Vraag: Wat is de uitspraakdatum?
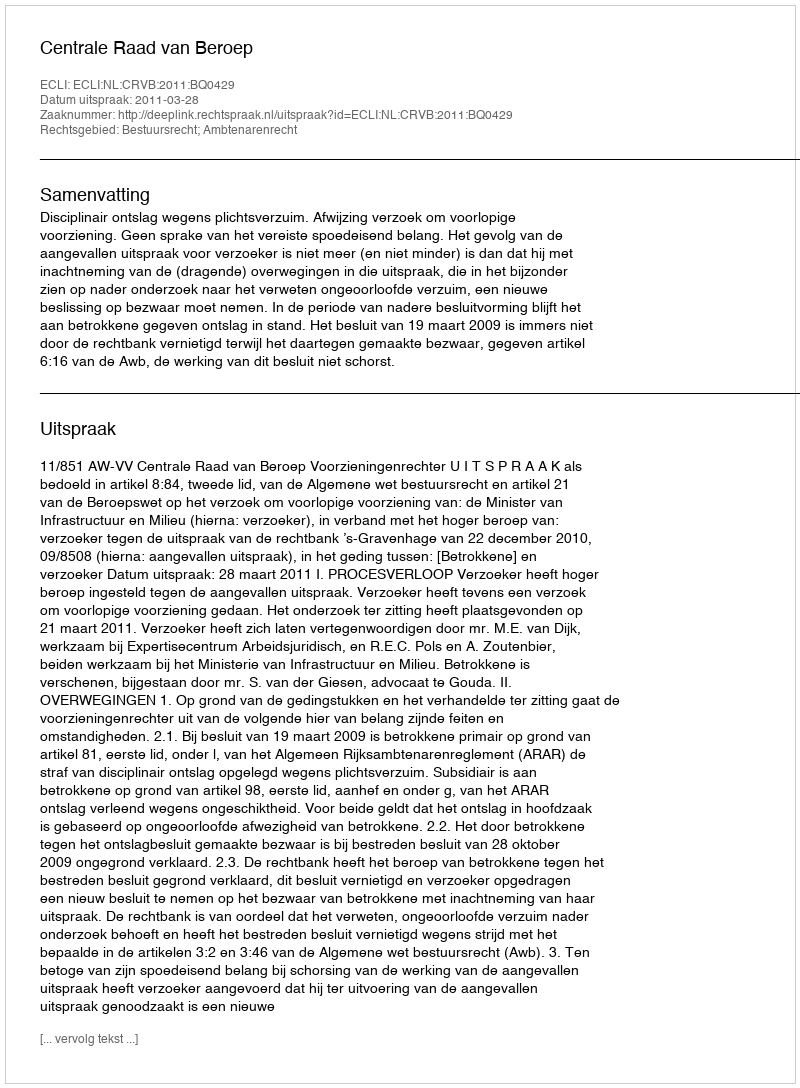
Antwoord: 2011-03-28